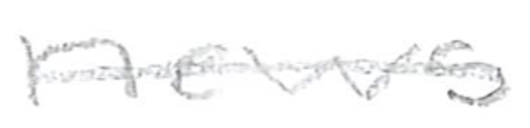
Text: news
Cross-out: single-line
Writing tool: pencil